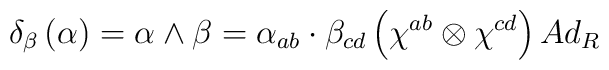
\delta _{\beta }\left( \alpha \right) =\alpha \wedge \beta =\alpha_{ab}\cdot \beta _{cd}\left( \chi ^{ab}\otimes \chi ^{cd}\right) Ad_{R}